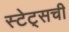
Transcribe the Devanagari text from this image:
स्टेट्‌सची